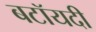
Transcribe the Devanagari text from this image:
बटॉयदी